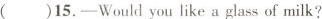
( )15.—Would you like a glass of milk?